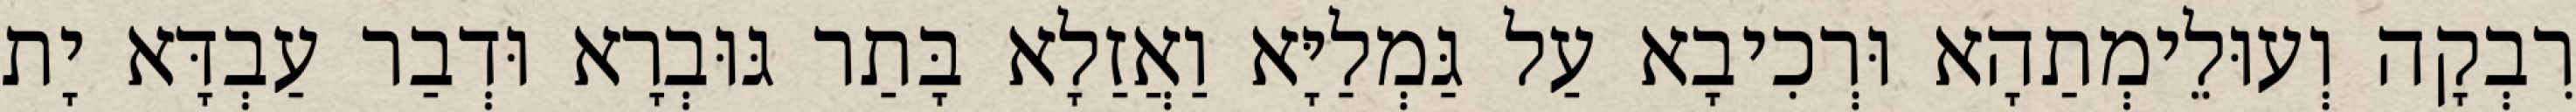
רִבְקָה וְעוּלֵימְתַהָא וּרְכִיבָא עַל גַּמְלַיָּא וַאֲזַלָא בָּתַר גּוּבְרָא וּדְבַר עַבְדָּא יָת